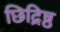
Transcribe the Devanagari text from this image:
छिद्रिष्ठ